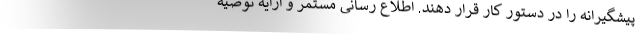
پیشگیرانه را در دستور کار قرار دهند. اطلاع رسانی مستمر و ارایه توصیه